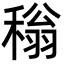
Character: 𬓵